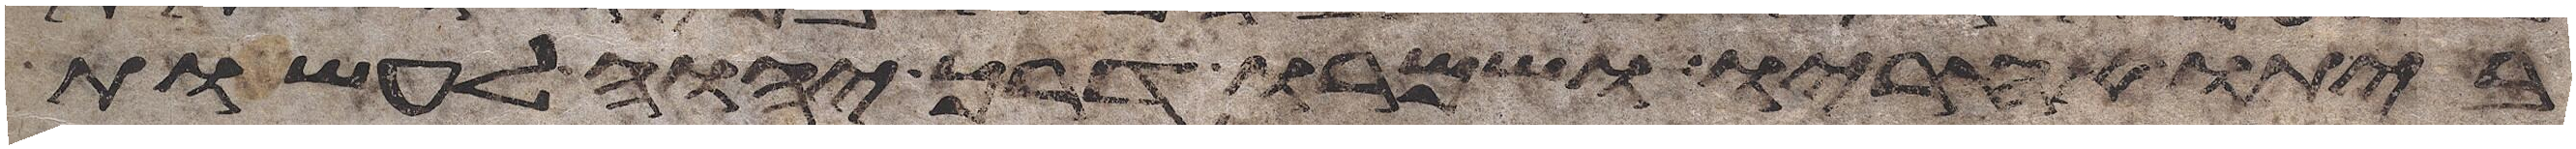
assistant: ביתו אחריו ושמרו דרך יהוה לעשות